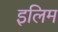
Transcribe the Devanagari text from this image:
इलिम